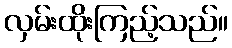
လှမ်းထိုးကြည့်သည်။